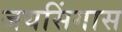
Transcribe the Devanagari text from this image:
जयसिंगास